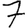
Digit: 7